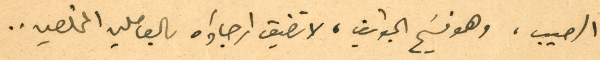
الرحيب، وهو فسَيح الجوانب، لا تضيق ارجاؤه بالعاملين المخلصين..